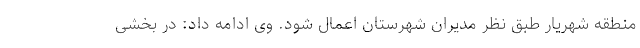
منطقه شهریار طبق نظر مدیران شهرستان اعمال شود. وی ادامه داد: در بخشی